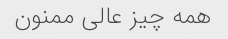
همه چیز عالی ممنون